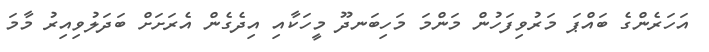
އަހަރެންގެ ބައްޕަ މަރުވިފަހުން މަންމަ މަހިބަނދޫ މީހަކާއި އިދެގެން އެރަަަަަަަަަށަށް ބަދަލުވިއިރު މާމަ